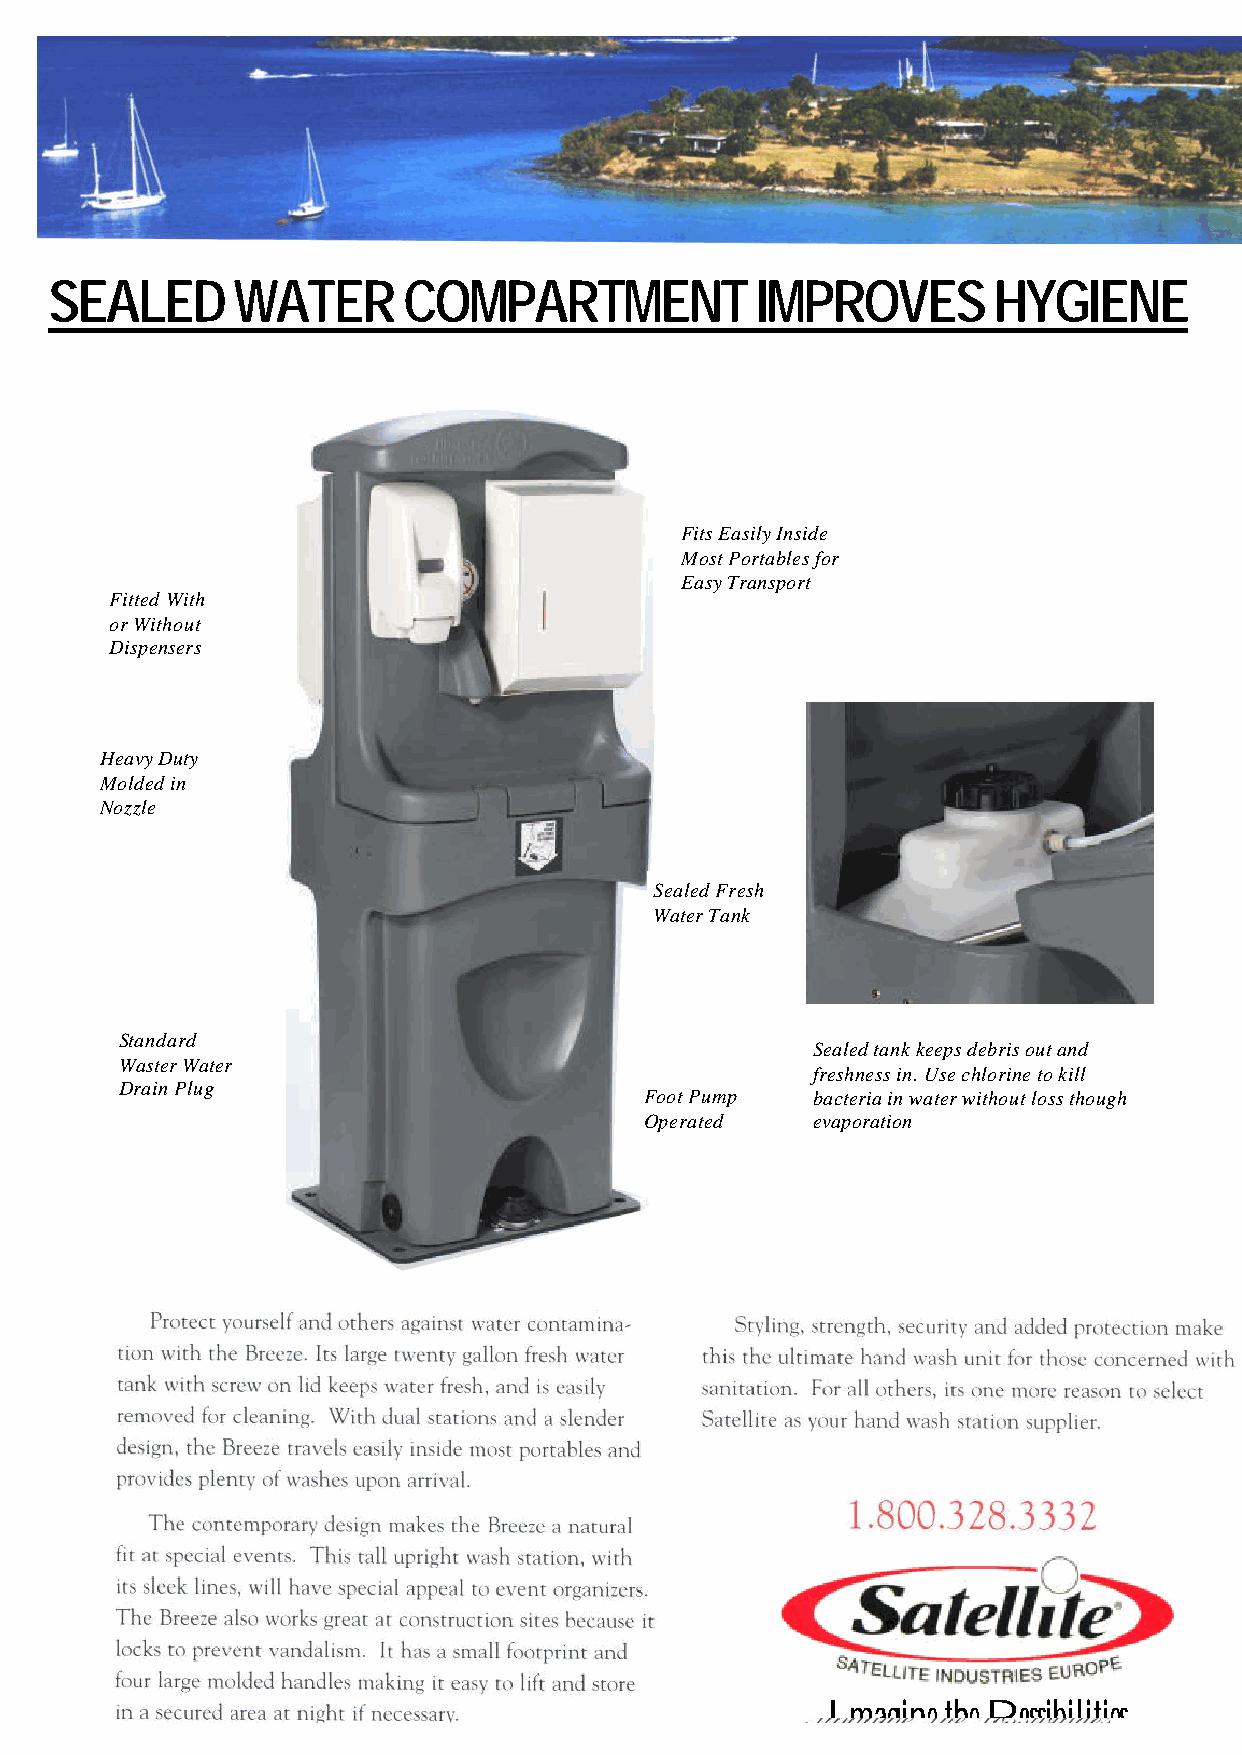
SEALED      WATER       COMPARTMENT            IMPROVES        HYGIENE
 Fits Easily Inside
 Most Portables for
 Easy Transport
 Fitted With
 or Without
 Dispensers
 Heavy Duty
 Molded in
 Nozzle
 Sealed Fresh
 Water Tank
 Standard
 Sealed tank keeps debris out and
 Waster Water
 freshness in. Use chlorine to kill
 Drain Plug
 Foot Pump  bacteria in water without loss though
 Operated   evaporation
 Imagine the Possibilities